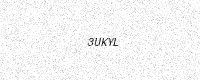
Text: 3UKYL